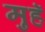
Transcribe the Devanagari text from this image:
मुहॅ